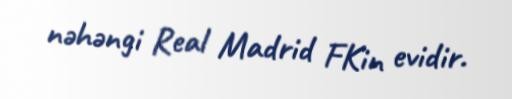
nəhəngi Real Madrid FKin evidir.